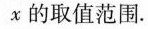
x的取值范围.